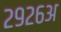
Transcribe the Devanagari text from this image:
२९२६अ